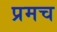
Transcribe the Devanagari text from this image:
प्रमच